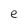
Character: e